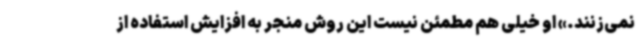
نمی‌زنند.» او خیلی هم مطمئن نیست این روش منجر به افزایش استفاده از